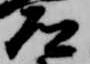
道